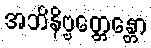
အဘိနိဗ္ဗတ္တေန္တော